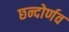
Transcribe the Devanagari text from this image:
छन्दोर्णव